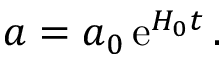
a = a _ { 0 } \, \mathrm { e } ^ { H _ { 0 } t } \, .